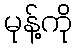
မုန့်ကို